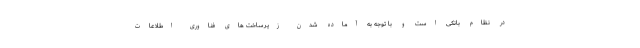
در نظام بانکی است و با توجه به آماده شدن زیرساخت های فناوری اطلاعات